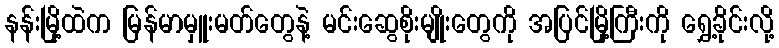
နန်းမြို့ထဲက မြန်မာမှူးမတ်တွေနဲ့ မင်းဆွေစိုးမျိုးတွေကို အပြင်မြို့ကြီးကို ရွှေ့ခိုင်းလို့